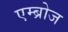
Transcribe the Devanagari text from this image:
एम्ब्रोज